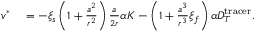
\begin{array} { r l } { v ^ { \ast } } & { { } = - \xi _ { s } \left( 1 + \frac { a ^ { 2 } } { r ^ { 2 } } \right) \frac { a } { 2 r } \alpha K - \left( 1 + \frac { a ^ { 3 } } { r ^ { 3 } } \xi _ { f } \right) \alpha D _ { T } ^ { \mathrm { t r a c e r } } . } \end{array}